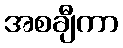
အစချီကာ